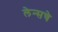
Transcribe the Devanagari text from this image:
लेन्सचे